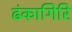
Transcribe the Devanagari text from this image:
ढंकागिरि